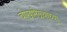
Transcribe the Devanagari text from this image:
चोखामेळ्यांच्या